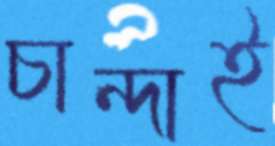
চান্দাই